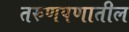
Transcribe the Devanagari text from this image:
तरुणपणातील